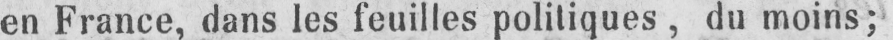
en France, dans les feuilles politiques, du moins;